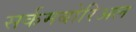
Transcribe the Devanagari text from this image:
सर्कमबोरिअल